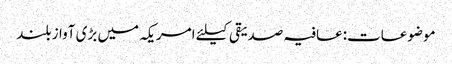
موضوعات:عافیہ صدیقی کیلئے امریکہ میں بڑی آواز بلند